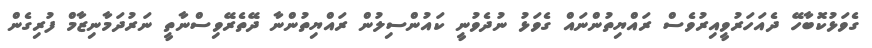
ގެވަޅުކޮބާހޭ ދެއަހަރުވީއިރުވެސް ރައްޔިތުންނައް ގެވަޅު ނުދެވުނީ ކައުންސިލުން ރައްޔިތުންނާ ދޭތެރޭވިސްނާތީ ނަރުދަމާނިޒާމް ފުރިގެން